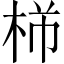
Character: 𪲍